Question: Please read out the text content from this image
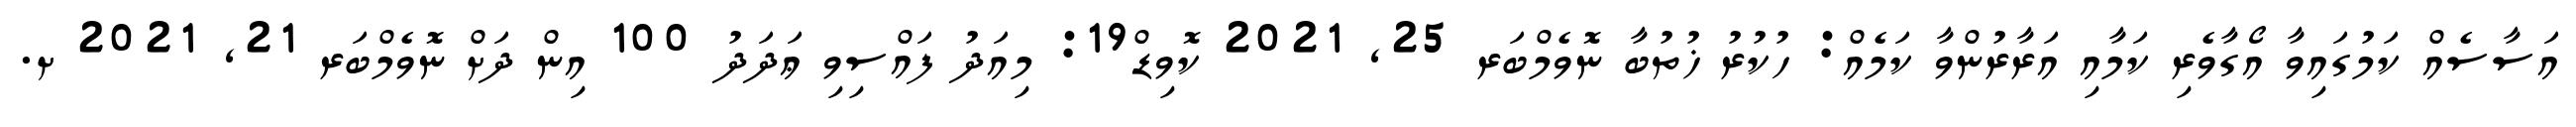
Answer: އަސާސެއް ކަމުގައިވާ އޯގާވެރި ކަމާއި އަރާރުންވާ ކަމެއް: ހުކުރު ޚުތުބާ ނޮވެމްބަރ 25, 2021 ކޮވިޑް19: މިއަދު ފައްސިވި ޢަދަދު 100 އިން ދަށް ނޮވެމްބަރ 21, 2021 ށ.